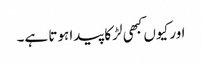
اور کیوں کبھی لڑکا پیدا ہوتا ہے۔